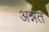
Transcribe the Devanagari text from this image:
अन्नत